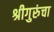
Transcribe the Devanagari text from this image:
श्रीगुरुंचा